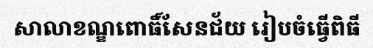
សាលាខណ្ឌពោធិ៍សែនជ័យ រៀបចំធ្វើពិធី